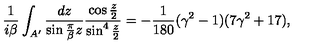
{ \frac { 1 } { i \beta } } \int _ { A ^ { \prime } } { \frac { d z } { \sin { \frac { \pi } { \beta } } z } } { \frac { \cos \frac z 2 } { \sin ^ { 4 } \frac z 2 } } = - { \frac { 1 } { 1 8 0 } } ( \gamma ^ { 2 } - 1 ) ( 7 \gamma ^ { 2 } + 1 7 ) ,